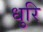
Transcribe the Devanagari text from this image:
धुरि